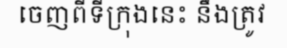
ចេញពីទីក្រុងនេះ នឹងត្រូវ